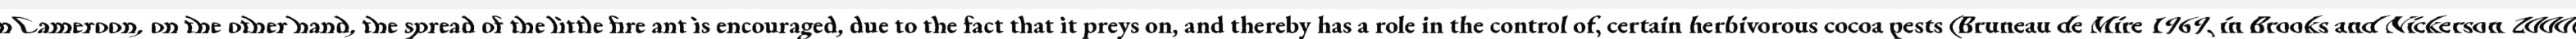
"In Cameroon, on the other hand, the spread of the little fire ant is encouraged, due to the fact that it preys on, and thereby has a role in the control of, certain herbivorous cocoa pests (Bruneau de Mire 1969, in Brooks and Nickerson 2000)."